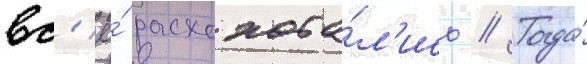
вс'ё́ расхохота́л'ись // Тогда́